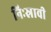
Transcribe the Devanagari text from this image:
निःस्रावी